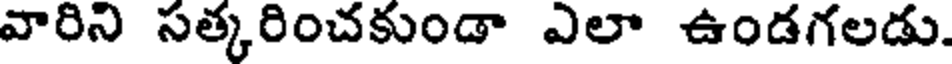
వారిని సత్కరించకుండా ఎలా ఉండగలడు.